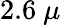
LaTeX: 2.6\ \mu